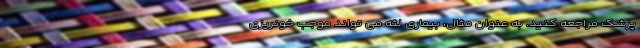
پزشک مراجعه کنید. به عنوان مثال، بیماری لثه می تواند موجب خونریزی